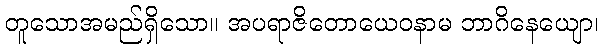
တူသောအမည်ရှိသော။ အပရာဇိတောယေဝနာမ ဘာဂိနေယျော၊